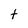
Character: t